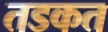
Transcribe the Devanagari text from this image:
तडकत